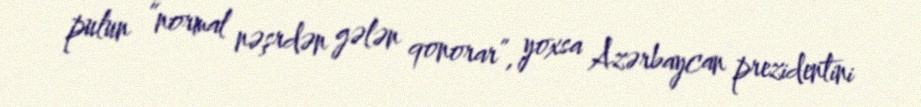
pulun “normal nəşrdən gələn qonorar”, yoxsa Azərbaycan prezidentini